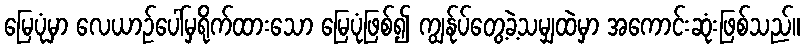
မြေပုံမှာ လေယာဉ်ပေါ်မှရိုက်ထားသော မြေပုံဖြစ်၍ ကျွန်ုပ်တွေ့ခဲ့သမျှထဲမှာ အကောင်းဆုံးဖြစ်သည်။